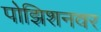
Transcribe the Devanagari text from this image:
पोझिशनवर